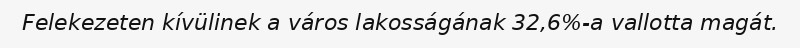
Felekezeten kívülinek a város lakosságának 32,6%-a vallotta magát.